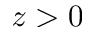
z > 0